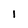
Character: 1